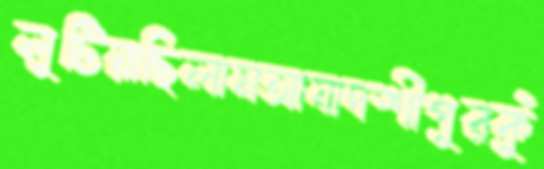
লুটিয়াছিলামআযাদশীপুরকুঁ